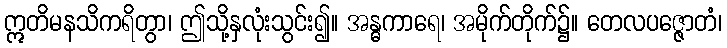
ဣတိမနသိကရိတွာ၊ ဤသို့နှလုံးသွင်း၍။ အန္ဓကာရေ၊ အမိုက်တိုက်၌။ တေလပဇ္ဇောတံ၊